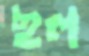
ছল